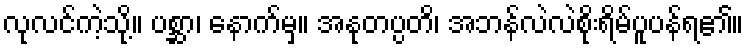
လုလင်ကဲ့သို့။ ပစ္ဆာ၊ နောက်မှ။ အနုတပ္ပတိ၊ အဘန်လဲလဲစိုးရိမ်ပူပန်ရ၏။